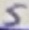
Text: 5